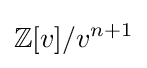
\mathbb {Z} [v]/v^{n+1}